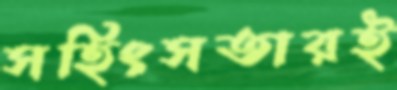
সহিংসতারই